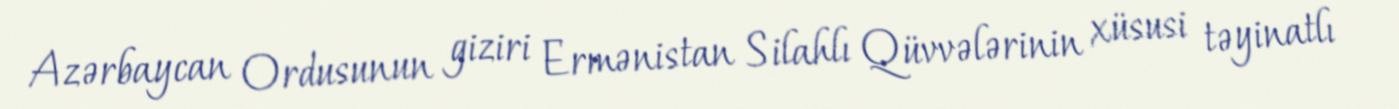
Azərbaycan Ordusunun giziri Ermənistan Silahlı Qüvvələrinin xüsusi təyinatlı